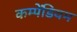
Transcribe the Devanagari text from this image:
कम्पेंडियम